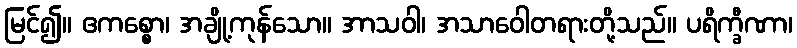
မြင်၍။ ဧကစ္စော၊ အချို့ကုန်သော။ အာသဝါ၊ အသာဝေါတရားတို့သည်။ ပရိက္ခီဏာ၊